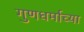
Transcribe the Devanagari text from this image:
गुणधर्माच्या